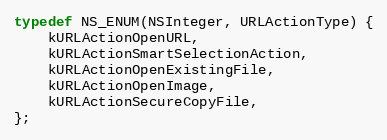
Language: C
typedef NS_ENUM(NSInteger, URLActionType) {
    kURLActionOpenURL,
    kURLActionSmartSelectionAction,
    kURLActionOpenExistingFile,
    kURLActionOpenImage,
    kURLActionSecureCopyFile,
};